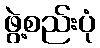
ဖွဲ့စည်းပုံ